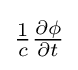
\textstyle {\frac {1}{c}}{\frac {\partial \phi }{\partial t}}